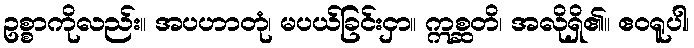
ဥစ္စာကိုလည်း။ အပဟာတုံ၊ မပယ်ခြင်းငှာ။ ဣစ္ဆတိ၊ အလိုရှိ၏။ ဧဝရူပါ၊